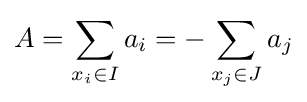
A=\sum _{x_{i}\in I}a_{i}=-\sum _{x_{j}\in J}a_{j}